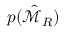
p ( \hat { \mathscr { M } } _ { R } )